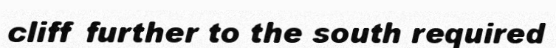
cliff further to the south required